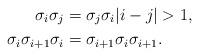
LaTeX: \begin{align*} \sigma_i \sigma_j & = \sigma_j \sigma_i |i-j| > 1,\\\sigma_i \sigma_{i+1} \sigma_i & = \sigma_{i+1} \sigma_i \sigma_{i+1}.\end{align*}